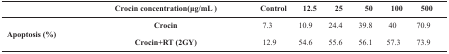
<table><thead><tr><td></td><td><b>Crocin concentration(μg/mL ) </b></td><td><b>Control </b></td><td><b>12.5</b></td><td><b>25</b></td><td><b>50</b></td><td><b>100</b></td><td><b>500</b></td></tr></thead><tbody><tr><td rowspan="2"><b>Apoptosis (%)</b></td><td><b>Crocin</b></td><td>7.3</td><td>10.9 </td><td>24.4 </td><td>39.8 </td><td>40 </td><td>70.9 </td></tr><tr><td><b>Crocin+RT (2GY)</b></td><td>12.9</td><td>54.6 </td><td>55.6 </td><td>56.1 </td><td>57.3 </td><td>73.9 </td></tr></tbody></table>